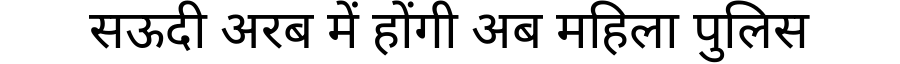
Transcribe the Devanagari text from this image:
सऊदी अरब में होंगी अब महिला पुलिस